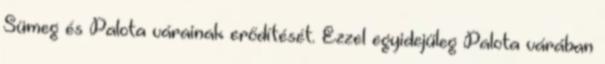
Sümeg és Palota várainak erődítését. Ezzel egyidejűleg Palota várában